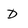
Character: D